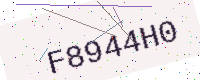
Text: F8944H0